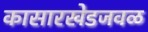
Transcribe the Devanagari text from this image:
कासारखेडजवळ